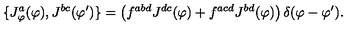
\{ J _ { \varphi } ^ { a } ( \varphi ) , J ^ { b c } ( \varphi ^ { \prime } ) \} = \left( f ^ { a b d } J ^ { d c } ( \varphi ) + f ^ { a c d } J ^ { b d } ( \varphi ) \right) \delta ( \varphi - \varphi ^ { \prime } ) .